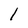
Character: l